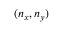
( n _ { x } , n _ { y } )